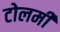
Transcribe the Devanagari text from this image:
टोलमी